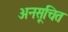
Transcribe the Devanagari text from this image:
अनसूचित